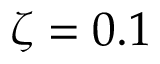
\zeta = 0 . 1